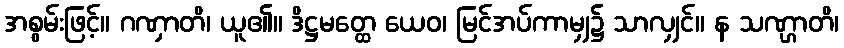
အစွမ်းဖြင့်။ ဂဏှာတိ၊ ယူ၏။ ဒိဋ္ဌမတ္ထေ ယေဝ၊ မြင်အပ်ကာမျှ၌ သာလျှင်။ န သဏ္ဌာတိ၊